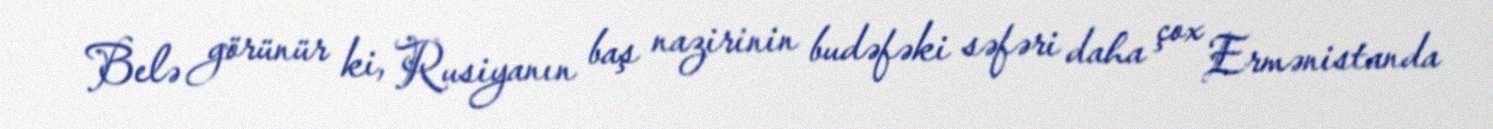
Belə görünür ki, Rusiyanın baş nazirinin budəfəki səfəri daha çox Ermənistanda